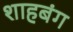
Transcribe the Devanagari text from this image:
शाहबंग